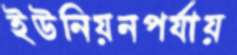
ইউনিয়নপর্যায়